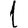
Digit: 1